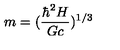
m = ( \frac { \hbar ^ { 2 } H } { G c } ) ^ { 1 / 3 }